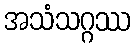
အသံသဂ္ဂဿ